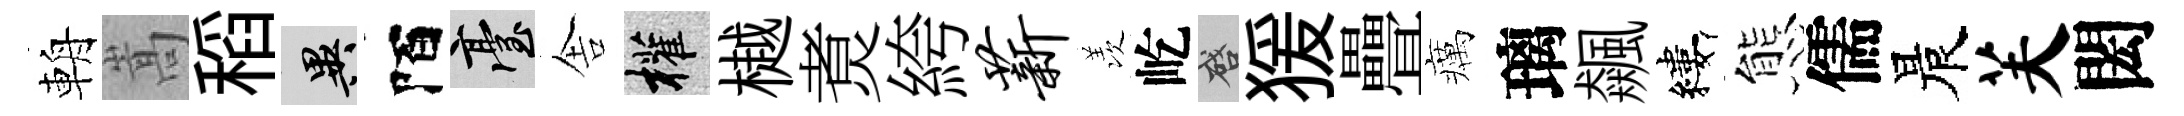
輈嵩稻异陌臺舎權樾煑絝薪羡屹啓猨疊癘璃飆縷態儒晨芙閎